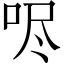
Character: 𫩺